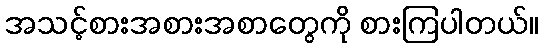
အသင့်စားအစားအစာတွေကို စားကြပါတယ်။